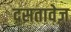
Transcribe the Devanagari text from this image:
दसतावेज़